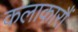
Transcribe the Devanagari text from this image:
कलाकारौं